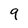
Character: 9